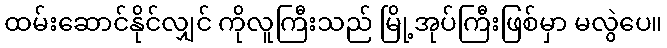
ထမ်းဆောင်နိုင်လျှင် ကိုလူကြီးသည် မြို့အုပ်ကြီးဖြစ်မှာ မလွဲပေ။